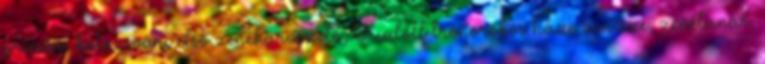
prímás, kolozsvári első zenekarvezető, Rudolf trónörökös házi zenésze, zenetanár;